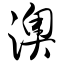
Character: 澳